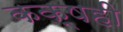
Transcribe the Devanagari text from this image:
कक्षही